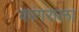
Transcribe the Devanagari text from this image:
कांगराला